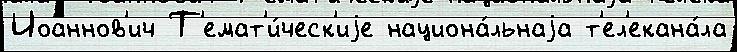
Иоаннов'ич Т'емат'и́ческ'иjе национа́льнаjа т'ел'екана́ла